Reports on military cantonments and civil stations in the Presidency of Bombay inspected by the Sanitary Commissioner in the years 1875 and 1876
Year: 1875
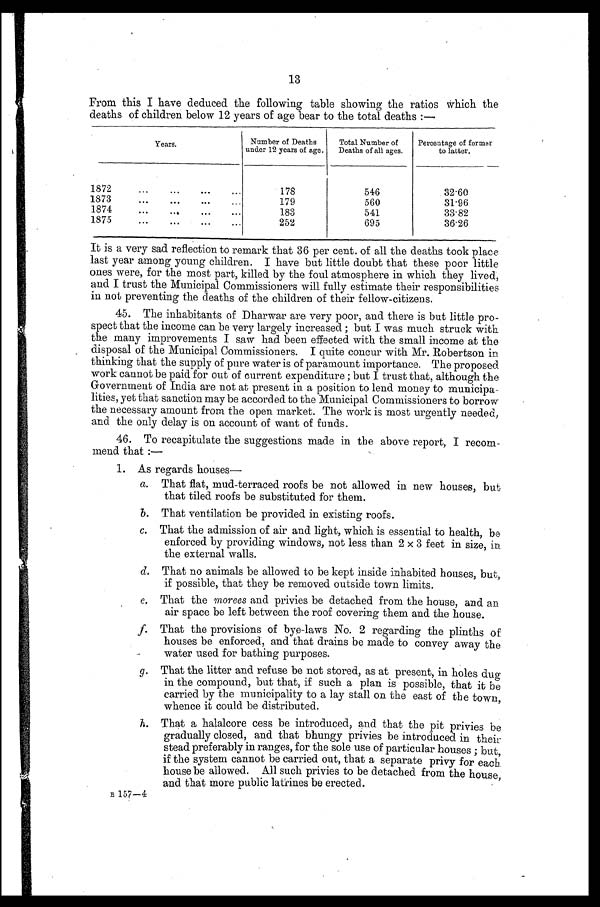
13
From this I have deduced the following table showing the ratios which the
deaths of children below 12 years of age bear to the total deaths :—
Years.
Number of Deaths
under 12 years of age.
Total Number of
Deaths of all ages.
Percentage of former
to latter.
1872 . . .
178
546
32.60
1873 . . .
179
560
31.96
1874 . . .
183
541
33.82
1875 . . .
252
695
36.26
It is a very sad reflection to remark that 36 per cent. of all the deaths took place
last year among young children. I have but little doubt that these poor little
ones were, for the most part, killed by the foul atmosphere in which they lived,
and I trust the Municipal Commissioners will fully estimate their responsibilities
in not preventing the deaths of the children of their fellow-citizens.
45. The inhabitants of Dharwar are very poor, and there is but little pro
-
spect that the income can be very largely increased ; but I was much struck with
the many improvements I saw had been effected with the small income at the
disposal of the Municipal Commissioners. I quite concur with Mr. Robertson in
thinking that the supply of pure water is of paramount importance. The proposed
work cannot be paid for out of current expenditure ; but I trust that, although the
Government of India are not at present in a position to lend money to municipa
-
lities, yet that sanction may be accorded to the Municipal Commissioners to borrow
the necessary amount from the open market. The work is most urgently needed,
and the only delay is on account of want of funds.
46. To recapitulate the suggestions made in the above report, I recom
-
mend that :—
1. As regards houses—
a. That flat, mud-terraced roofs be not allowed in new houses, but
that tiled roofs be substituted for them.
b .
T h a t v e n t i l a t i o n b e p r o v i d e d i n e x i s t i n g r o o f s .
c .
T h a t t h e a d m i s s i o n o f a i r a n d l i g h t , w h i c h i s e s s e n t i a l t o h e a l t h , b e
enforced by providing windows, not less than 2 × 3 feet in size, in
the external walls.
d. That no animals be allowed to be kept inside inhabited houses, but,
if possible, that they be removed outside town limits.
e. That the morees and privies be detached from the house, and an
air space be left between the roof covering them and the house.
f .
T h a t t h e p r o v i s i o n s o f b y e - l a w s N o . 2 r e g a r d i n g t h e p l i n t h s o f
houses be enforced, and that drains be made to convey away the
water used for bathing purposes.
g .
T h a t t h e l i t t e r a n d r e f u s e b e n o t s t o r e d , a s a t p r e s e n t , i n h o l e s d u g
in the compound, but that, if such a plan is possible, that it be
carried by the municipality to a lay stall on the east of the town,
whence it could be distributed.
h .
T h a t a h a l a l c o r e c e s s b e i n t r o d u c e d , a n d t h a t t h e p i t p r i v i e s b e
gradually closed, and that bhungy privies be introduced in their
stead preferably in ranges, for the sole use of particular houses ; but,
if the system cannot be carried out, that a separate privy for each
house be allowed. All such privies to be detached from the house,
and that more public latrines be erected.
B 157—4